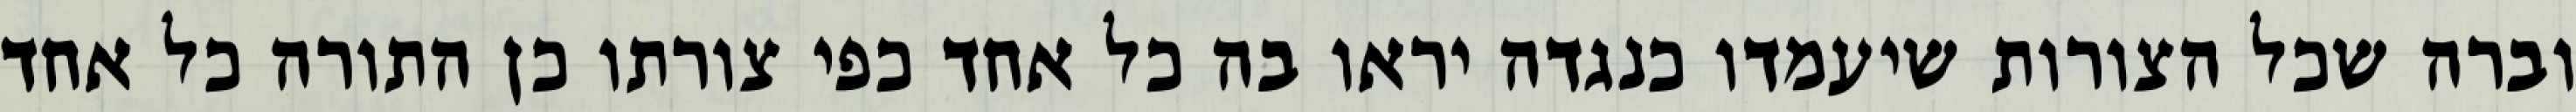
וברה שכל הצורות שיעמדו כנגדה יראו בה כל אחד כפי צורתו כן התורה כל אחד